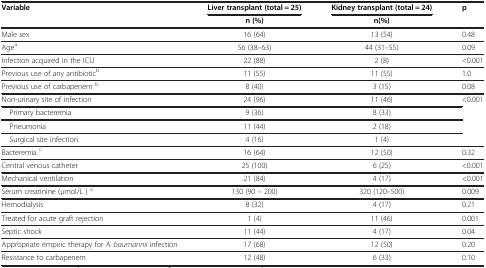
| Variable | Liver transplant (total = 25) | Kidney transplant (total = 24) | p |
 |  | n (%) | n(%) |  |
 | --- | --- | --- | --- |
 | Male sex | 16 (64) | 13 (54) | 0.48 |
 | Agea | 56 (38–63) | 44 (31–55) | 0.09 |
 | Infection acquired in the ICU | 22 (88) | 2 (8) | <0.001 |
 | Previous use of any antibioticb | 11 (55) | 11 (55) | 1.0 |
 | Previous use of carbapenem b | 8 (40) | 3 (15) | 0.08 |
 | Non-urinary site of infection | 24 (96) | 11 (46) | <ROWSPAN=4> <0.001 |
 | Primary bacteremia | 9 (36) | 8 (33) |
 | Pneumonia | 11 (44) | 2 (18) |
 | Surgical site infection | 4 (16) | 1 (4) |
 | Bacteremia c | 16 (64) | 12 (50) | 0.32 |
 | Central venous catheter | 25 (100) | 6 (25) | <0.001 |
 | Mechanical ventilation | 21 (84) | 4 (17) | <0.001 |
 | Serum creatinine (μmol/L ) a | 130 (90 – 200) | 320 (120–500) | 0.009 |
 | Hemodialysis | 8 (32) | 4 (17) | 0.21 |
 | Treated for acute graft rejection | 1 (4) | 11 (46) | 0.001 |
 | Septic shock | 11 (44) | 4 (17) | 0.04 |
 | Appropriate empiric therapy for A. baumannii infection | 17 (68) | 12 (50) | 0.20 |
 | Resistance to carbapenem | 12 (48) | 6 (33) | 0.10 |